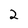
Character: 2